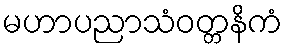
မဟာပညာသံဝတ္တနိကံ